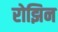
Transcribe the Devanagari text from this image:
रोझिन